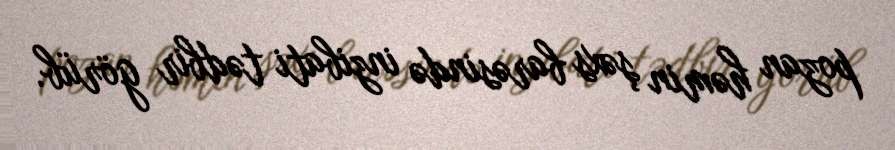
pozan həmin şəxs barəsində inzibati tədbir görüb.